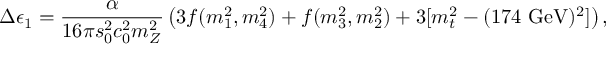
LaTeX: \Delta \epsilon _ { 1 } = { \frac { \alpha } { 1 6 \pi s _ { 0 } ^ { 2 } c _ { 0 } ^ { 2 } m _ { Z } ^ { 2 } } } \left( 3 f ( m _ { 1 } ^ { 2 } , m _ { 4 } ^ { 2 } ) + f ( m _ { 3 } ^ { 2 } , m _ { 2 } ^ { 2 } ) + 3 [ m _ { t } ^ { 2 } - ( 1 7 4 ~ \mathrm { G e V } ) ^ { 2 } ] \right) ,